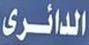
الدائرى